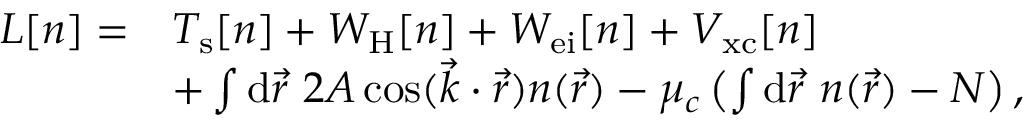
\begin{array} { r l } { L [ n ] = } & { T _ { \mathrm { s } } [ n ] + W _ { \mathrm { H } } [ n ] + W _ { \mathrm { e i } } [ n ] + V _ { \mathrm { x c } } [ n ] } \\ & { + \int \mathrm { d } \vec { r } ~ 2 A \cos ( \vec { k } \cdot \vec { r } ) n ( \vec { r } ) - \mu _ { c } \left( \int \mathrm { d } \vec { r } ~ n ( \vec { r } ) - N \right) , } \end{array}